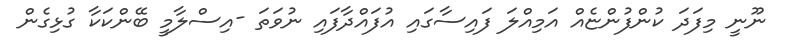
ނޫނީ މިފަދަ ކުންފުންޏެއް އަމިއްލަ ފައިސާގައި އުފައްދާފައި ނުވަތަ -އިސްލާމީ ބޭންކަކާ ގުޅިގެން